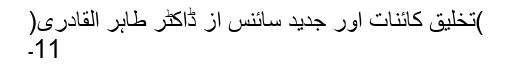
)تخلیق کائنات اور جدید سائنس از ڈاکٹر طاہر القادری(
11۔